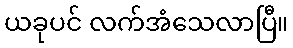
ယခုပင် လက်အံသေလာပြီ။